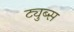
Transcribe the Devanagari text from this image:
ट्युब्स